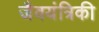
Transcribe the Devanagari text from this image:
जैवयंत्रिकी